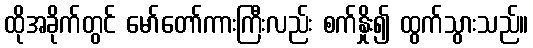
ထိုအခိုက်တွင် မော်တော်ကားကြီးလည်း စက်နှိုး၍ ထွက်သွားသည်။